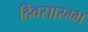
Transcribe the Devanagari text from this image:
दिवसारम्भ